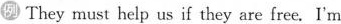
例 ⑨ They must help us if they are free.I'm